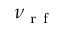
\nu _ { \mathrm { ~ r ~ f ~ } }